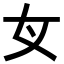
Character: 𡚦